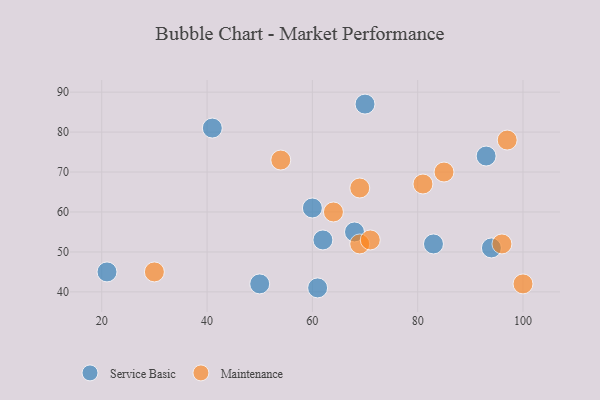
{"axis": {"x": "GDP", "y": "Life Expectancy"}, "legend": ["Maintenance", "Service Basic"], "data": [{"x": "41", "y": 81, "type": "Service Basic"}, {"x": "68", "y": 55, "type": "Service Basic"}, {"x": "62", "y": 53, "type": "Service Basic"}, {"x": "70", "y": 87, "type": "Service Basic"}, {"x": "50", "y": 42, "type": "Service Basic"}, {"x": "60", "y": 61, "type": "Service Basic"}, {"x": "94", "y": 51, "type": "Service Basic"}, {"x": "21", "y": 45, "type": "Service Basic"}, {"x": "83", "y": 52, "type": "Service Basic"}, {"x": "61", "y": 41, "type": "Service Basic"}, {"x": "93", "y": 74, "type": "Service Basic"}, {"x": "81", "y": 67, "type": "Maintenance"}, {"x": "69", "y": 66, "type": "Maintenance"}, {"x": "69", "y": 52, "type": "Maintenance"}, {"x": "97", "y": 78, "type": "Maintenance"}, {"x": "96", "y": 52, "type": "Maintenance"}, {"x": "64", "y": 60, "type": "Maintenance"}, {"x": "30", "y": 45, "type": "Maintenance"}, {"x": "71", "y": 53, "type": "Maintenance"}, {"x": "100", "y": 42, "type": "Maintenance"}, {"x": "54", "y": 73, "type": "Maintenance"}, {"x": "85", "y": 70, "type": "Maintenance"}]}